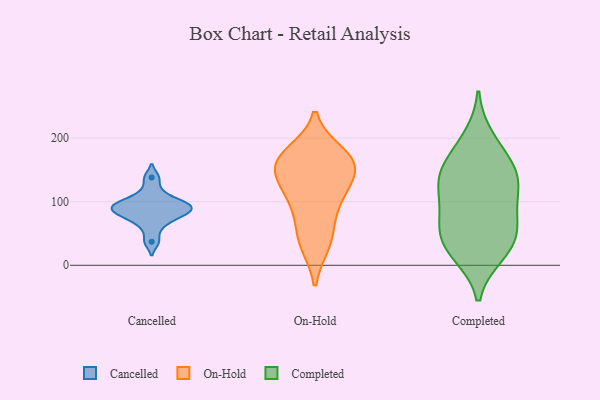
{"axis": {"x": "Market Share (%)", "y": "Value"}, "legend": ["Cancelled", "Completed", "On-Hold"], "data": [{"x": "", "y": 79, "type": "Cancelled"}, {"x": "", "y": 116, "type": "Cancelled"}, {"x": "", "y": 37, "type": "Cancelled"}, {"x": "", "y": 97, "type": "Cancelled"}, {"x": "", "y": 85, "type": "Cancelled"}, {"x": "", "y": 92, "type": "Cancelled"}, {"x": "", "y": 97, "type": "Cancelled"}, {"x": "", "y": 138, "type": "Cancelled"}, {"x": "", "y": 74, "type": "Cancelled"}, {"x": "", "y": 84, "type": "Cancelled"}, {"x": "", "y": 60, "type": "Cancelled"}, {"x": "", "y": 100, "type": "Cancelled"}, {"x": "", "y": 34, "type": "On-Hold"}, {"x": "", "y": 102, "type": "On-Hold"}, {"x": "", "y": 120, "type": "On-Hold"}, {"x": "", "y": 115, "type": "On-Hold"}, {"x": "", "y": 176, "type": "On-Hold"}, {"x": "", "y": 70, "type": "On-Hold"}, {"x": "", "y": 167, "type": "On-Hold"}, {"x": "", "y": 157, "type": "On-Hold"}, {"x": "", "y": 160, "type": "On-Hold"}, {"x": "", "y": 37, "type": "On-Hold"}, {"x": "", "y": 149, "type": "On-Hold"}, {"x": "", "y": 164, "type": "On-Hold"}, {"x": "", "y": 18, "type": "Completed"}, {"x": "", "y": 134, "type": "Completed"}, {"x": "", "y": 21, "type": "Completed"}, {"x": "", "y": 41, "type": "Completed"}, {"x": "", "y": 129, "type": "Completed"}, {"x": "", "y": 175, "type": "Completed"}, {"x": "", "y": 59, "type": "Completed"}, {"x": "", "y": 200, "type": "Completed"}, {"x": "", "y": 82, "type": "Completed"}, {"x": "", "y": 116, "type": "Completed"}, {"x": "", "y": 41, "type": "Completed"}, {"x": "", "y": 147, "type": "Completed"}, {"x": "", "y": 147, "type": "Completed"}, {"x": "", "y": 79, "type": "Completed"}]}